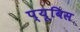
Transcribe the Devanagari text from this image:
प्यूबिस